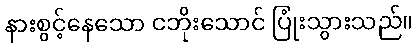
နားစွင့်နေသော ငဘိုးသောင် ပြုံးသွားသည်။